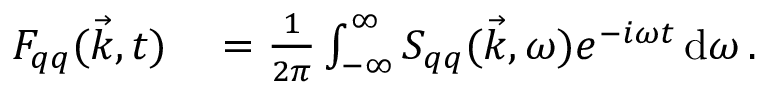
\begin{array} { r l } { F _ { q q } ( \vec { k } , t ) } & { { } = \frac { 1 } { 2 \pi } \int _ { - \infty } ^ { \infty } S _ { q q } ( \vec { k } , \omega ) e ^ { - i \omega t } \, \mathrm { d } \omega \, . } \end{array}